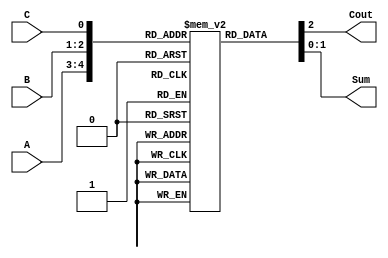
module adder_rom_2bit (Cout, Sum, A, B, C);
	input [1:0] A, B;
	input C;
	output [1:0] Sum;
	output Cout;
	reg [2:0] rom[31:0];
	
	reg [5:0] i;
	
	assign {Cout, Sum} = rom[{A,B,C}];
	
	initial begin
		for ( i = 0; i <= 31; i = i+ 1 ) begin
			rom[i[4:0]] = i[4:3] + i[2:1] + i[0]; 
		end
	end
endmodule